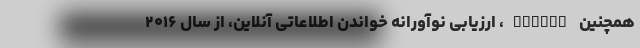
همچنین ePIRLS، ارزیابی نوآورانه خواندن اطلاعاتی آنلاین، از سال ۲۰۱۶